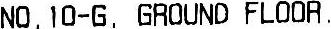
NO. 10-G. GROUND FLOOR .